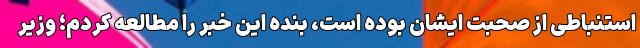
استنباطی از صحبت ایشان بوده است، بنده این خبر را مطالعه کردم؛ وزیر